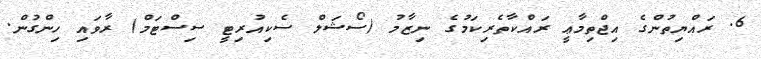
6. ރައްޔިތުންގެ އިޖްތިމާޢީ ރައްކާތެރިކަމުގެ ނިޒާމު (ސޯޝަލް ސެކިއުރިޓީ ސިސްޓަމް) ރާވައި ހިންގުން.